Elephants and their diseases
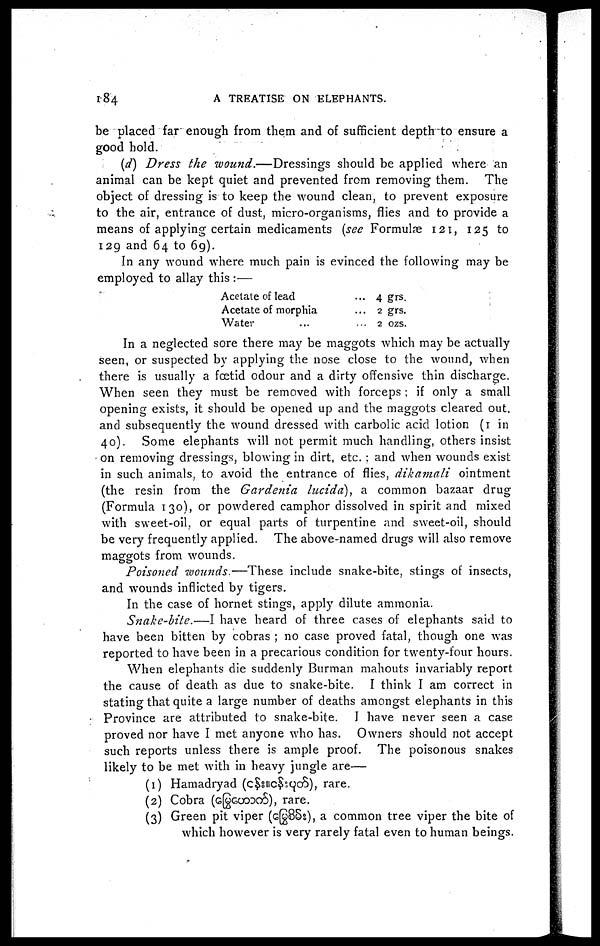
184
A TREATISE ON ELEPHANTS.
be placed far enough from them and of sufficient depth to ensure a
good hold.
(d) Dress the wound.—Dressings
should be applied where an
animal can be kept quiet and prevented from removing them. The
object of dressing is to keep the wound clean, to prevent exposure
to the air, entrance of dust, micro-organisms, flies and to provide a
means of applying certain medicaments (see Formulæ 121, 125 to
129 and 64 to 69).
In any wound where much pain is evinced the following may be
employed to allay this :—
Acetate of lead
Acetate of morphia
Water
... 4 grs.
... 2 grs.
...
2 OZS.
In a neglected sore there may be maggots which may be actually
seen, or suspected by applying the nose close to the wound, when
there is usually a foetid odour and a dirty offensive thin discharge.
When seen they must be removed with forceps ; if only a small
opening exists, it should be opened up and the maggots cleared out.
and subsequently the wound dressed with carbolic acid lotion (1 in
40). Some elephants will not permit much handling, others insist
on removing dressings, blowing in dirt, etc. ; and when wounds exist
in such animals, to avoid the entrance of flies, dikamali ointment
(the resin from the Gardenia lucida), a common bazaar drug
(Formula 130), or powdered camphor dissolved in spirit and mixed
with sweet-oil, or equal parts of turpentine and sweet-oil, should
be very frequently applied. The above-named drugs will also remove
maggots from wounds.
Poisoned wounds.—These include snake-bite, stings of insects,
and wounds inflicted by tigers.
In the case of hornet stings, apply dilute ammonia.
Snake-bite.—I have heard of three cases of elephants said to
have been bitten by cobras ; no case proved fatal, though one was
reported to have been in a precarious condition for twenty-four hours.
When elephants die suddenly Burman mahouts invariably report
the cause of death as due to snake-bite. I think I am correct in
stating that quite a large number of deaths amongst elephants in this
Province are attributed to snake-bite. I have never seen a case
proved nor have I met anyone who has. Owners should not accept
such reports unless there is ample proof. The poisonous snakes
likely to be met with in heavy jungle are—
(1) Hamadryad (
), rare.
(2) Cobra (
), rare.
(3) Green pit viper (
), a common tree viper the bite of
which however is very rarely fatal even to human beings.